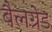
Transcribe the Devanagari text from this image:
बैलग्रेड